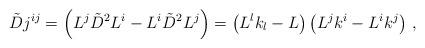
LaTeX: \begin{align*}\tilde{D} j^{i j} = \left( L^j \tilde{D}^2 L^i - L^i \tilde{D}^2 L^j \right) = \left( L^l k_l - L \right) \left(L^j k^i - L^i k^j \right)\,,\end{align*}